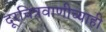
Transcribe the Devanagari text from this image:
दूरचित्रवाणीच्याही